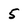
Character: 5